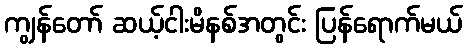
ကျွန်တော် ဆယ့်ငါးမိနစ်အတွင်း ပြန်ရောက်မယ်